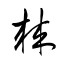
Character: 棘